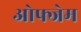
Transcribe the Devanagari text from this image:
ओफ्जेम